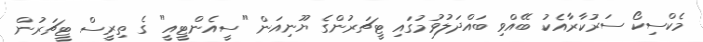
މެކްސިކޯ ސަރުކާރާއެކު ބޭއްވި ބައްދަލުވުމުގައި ޓީޗަރުންގެ ޔޫނިއަން "ސީއެންޓީއީ" ގެ ތިރީސް ޓީޗަރުން